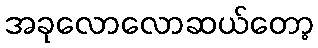
အခုလောလောဆယ်တော့